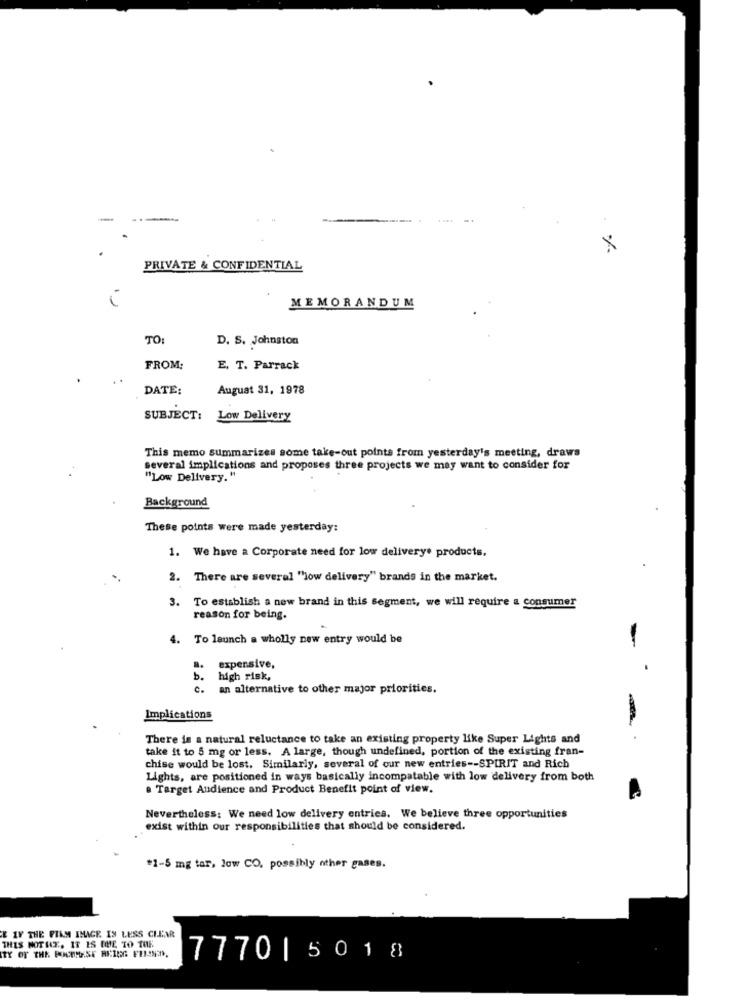
-
-.. .
.... ..
X
PRIVATE & CONFIDENTIAL
i
MEMORANDUM
TO:
D. S. Johnston
FROM:
E. T. Parrack
DATE:
August 31, 1978
SUBJECT: Low Delivery
This memo summarizes some take-out points from yesterday's meeting, draws
several implications and proposes three projects we may want to consider for
"Low Delivery. "
Background
These points were made yesterday:
1. We have a Corporate need for low deliverye products.
2. There are several "low delivery" brands in the market.
3. To establish a new brand in this segment, we will require a consumer
reason for being.
4.
To launch a wholly new entry would be
-
expensive,
b. high risk,
c. an alternative to other major priorities.
Implications
There is a natural reluctance to take an existing property like Super Lights and
take it to 5 mg or less. A large, though undefined, portion of the existing fran-
chise would be lost. Similarly, several of our new entries -- SPIRIT and Rich
Lights, are positioned in ways basically incompatable with low delivery from both
. Target Audience and Product Benefit point of view.
Nevertheless: We need low delivery entries. We believe three opportunities
exist within our responsibilities that should be considered.
#1-5 mg tar, low CO, possibly nther gases.
E IV THE FILM IMAGE IS LESS CLEAR
THIS NOTHE, IT IS EMME TO THE
ITY OF THE FOUNMESE REING FUSSED.
7770|5018